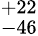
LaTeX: ^{+22}_{-46}